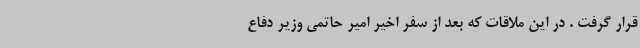
قرار گرفت . در این ملاقات که بعد از سفر اخیر امیر حاتمی وزیر دفاع